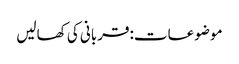
موضوعات:قربانی کی کھالیں